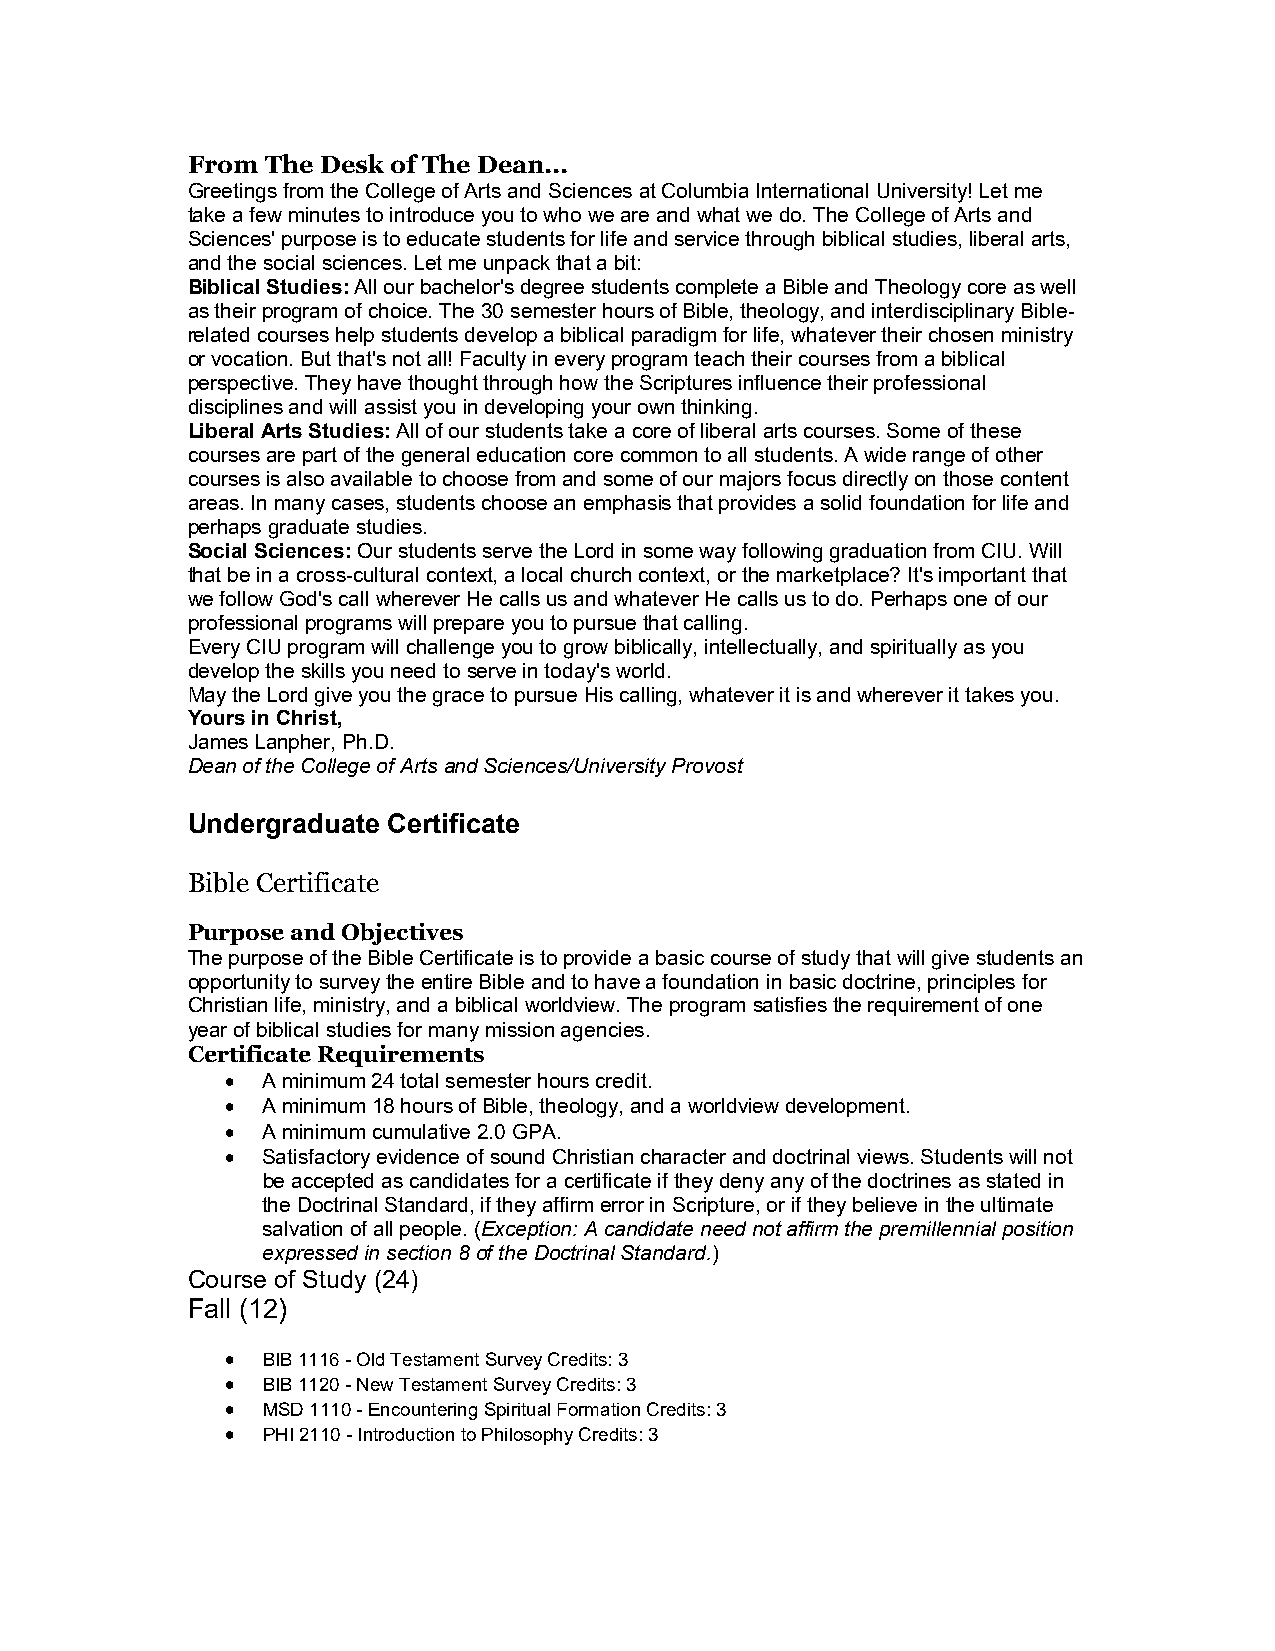
From  The Desk of The Dean...
 Greetings from the College of Arts and Sciences at Columbia International University! Let me
 take a few minutes to introduce you to who we are and what we do. The College of Arts and
 Sciences' purpose is to educate students for life and service through biblical studies, liberal arts,
 and the social sciences. Let me unpack that a bit:
 Biblical Studies: All our bachelor's degree students complete a Bible and Theology core as well
 as their program of choice. The 30 semester hours of Bible, theology, and interdisciplinary Bible-
 related courses help students develop a biblical paradigm for life, whatever their chosen ministry
 or vocation. But that's not all! Faculty in every program teach their courses from a biblical
 perspective. They have thought through how the Scriptures influence their professional
 disciplines and will assist you in developing your own thinking.
 Liberal Arts Studies: All of our students take a core of liberal arts courses. Some of these
 courses are part of the general education core common to all students. A wide range of other
 courses is also available to choose from and some of our majors focus directly on those content
 areas. In many cases, students choose an emphasis that provides a solid foundation for life and
 perhaps graduate studies.
 Social Sciences: Our students serve the Lord in some way following graduation from CIU. Will
 that be in a cross-cultural context, a local church context, or the marketplace? It's important that
 we follow God's call wherever He calls us and whatever He calls us to do. Perhaps one of our
 professional programs will prepare you to pursue that calling.
 Every CIU program will challenge you to grow biblically, intellectually, and spiritually as you
 develop the skills you need to serve in today's world.
 May the Lord give you the grace to pursue His calling, whatever it is and wherever it takes you.
 Yours in Christ,
 James Lanpher, Ph.D.
 Dean of the College of Arts and Sciences/University Provost
 Undergraduate Certificate
 Bible Certificate
 Purpose and Objectives
 The purpose of the Bible Certificate is to provide a basic course of study that will give students an
 opportunity to survey the entire Bible and to have a foundation in basic doctrine, principles for
 Christian life, ministry, and a biblical worldview. The program satisfies the requirement of one
 year of biblical studies for many mission agencies.
 Certificate Requirements
  A minimum 24 total semester hours credit.
  A minimum 18 hours of Bible, theology, and a worldview development.
  A minimum cumulative 2.0 GPA.
  Satisfactory evidence of sound Christian character and doctrinal views. Students will not
 be accepted as candidates for a certificate if they deny any of the doctrines as stated in
 the Doctrinal Standard, if they affirm error in Scripture, or if they believe in the ultimate
 salvation of all people. (Exception: A candidate need not affirm the premillennial position
 expressed in section 8 of the Doctrinal Standard.)
 Course of Study (24)
 Fall (12)
  BIB 1116 - Old Testament Survey Credits: 3
  BIB 1120 - New Testament Survey Credits: 3
  MSD 1110 - Encountering Spiritual Formation Credits: 3
  PHI 2110 - Introduction to Philosophy Credits: 3